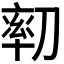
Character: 𠞻